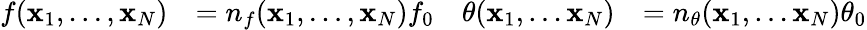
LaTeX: \begin{array}{rlrl}{f(\mathbf{x}_{1},\ldots,\mathbf{x}_{N})}&{=n_{f}(\mathbf{x}_{1},\ldots,\mathbf{x}_{N})f_{0}}&{\theta(\mathbf{x}_{1},\ldots\mathbf{x}_{N})}&{=n_{\theta}(\mathbf{x}_{1},\ldots\mathbf{x}_{N})\theta_{0}}\end{array}